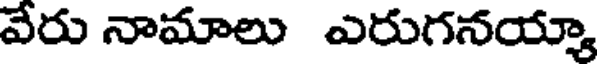
వేరు నామాలు ఎరుగనయ్యా